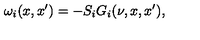
\omega _ { i } ( x , x ^ { \prime } ) = - S _ { i } G _ { i } ( \nu , x , x ^ { \prime } ) ,